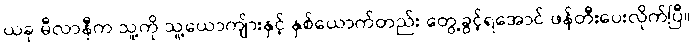
ယခု မီလာနီက သူ့ကို သူ့ယောကျ်ားနှင့် နှစ်ယောက်တည်း တွေ့ခွင့်ရအောင် ဖန်တီးပေးလိုက်ပြီ။